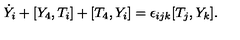
\dot { Y } _ { i } + [ Y _ { 4 } , T _ { i } ] + [ T _ { 4 } , Y _ { i } ] = \epsilon _ { i j k } [ T _ { j } , Y _ { k } ] .